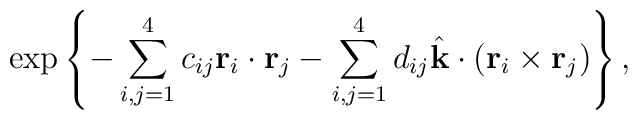
\exp \left \{-\sum_{i,j=1}^4 c_{ij} {\rm\bf r}_i \cdot {\rm\bf r}_j-\sum_{i,j=1}^4 d_{ij} \hat{\rm\bf k} \cdot    ({\rm\bf r}_i \times {\rm\bf r}_j )\right \},